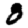
Digit: 8